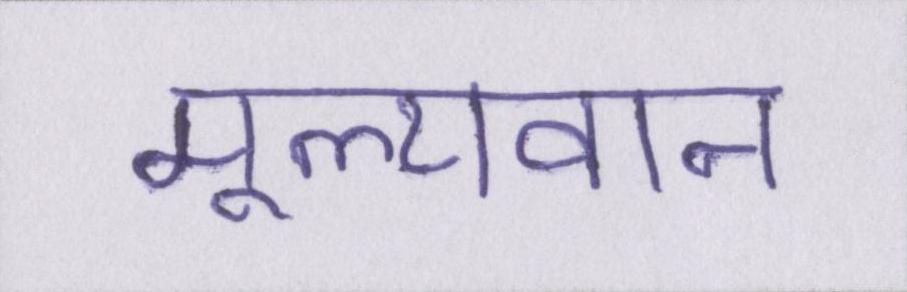
मूल्यवान